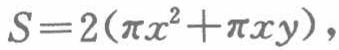
$S = 2(\pi x^{2}+\pi x y),$